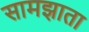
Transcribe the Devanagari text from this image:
सामझाता